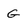
Character: G